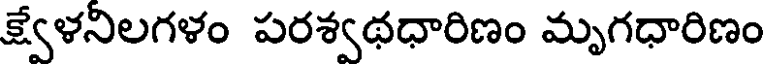
క్ష్వేళనిలగళం పరశ్వథధారిణం మృగధారిణం